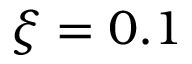
\xi = 0 . 1